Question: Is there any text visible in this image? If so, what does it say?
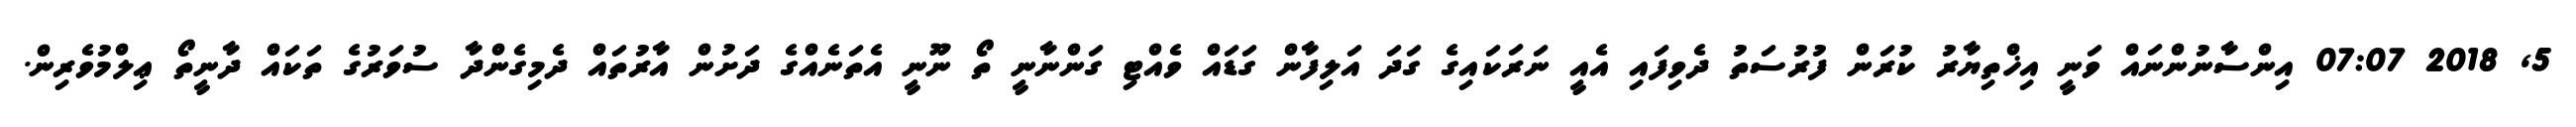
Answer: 5, 2018 07:07 އިންސާނުންނައް ވަނީ އިޚްތިޔާރު ކުރަން ފުރުސަތު ދެވިފައި އެއީ ނަރަކައިގެ ގަދަ އަލިފާން ގަޑައް ވެއްޓި ގަންނާނީ ތޯ ނޫނީ އެތަނެއްގެ ދަށުން އާރުތައް ދެމިގެންދާ ސުވަރުގެ ތަކައް ދާނީތޯ ޢިލްމުވެރިން.